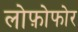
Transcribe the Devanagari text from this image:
लोफ़ोफोर